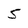
Character: 5